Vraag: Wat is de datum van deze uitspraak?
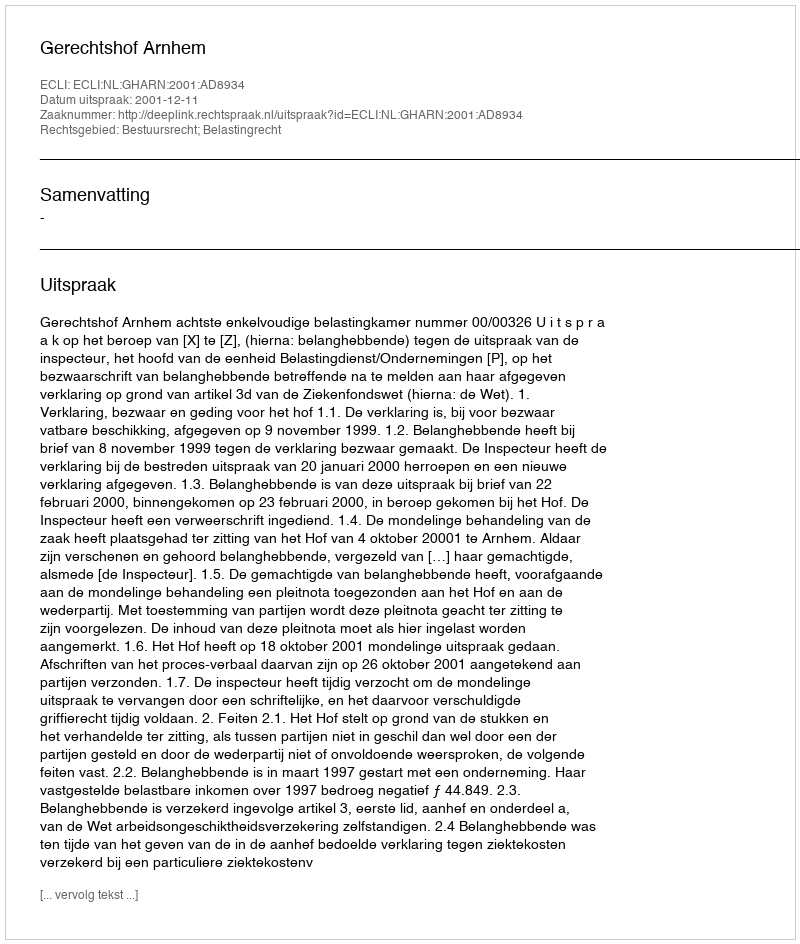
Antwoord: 2001-12-11